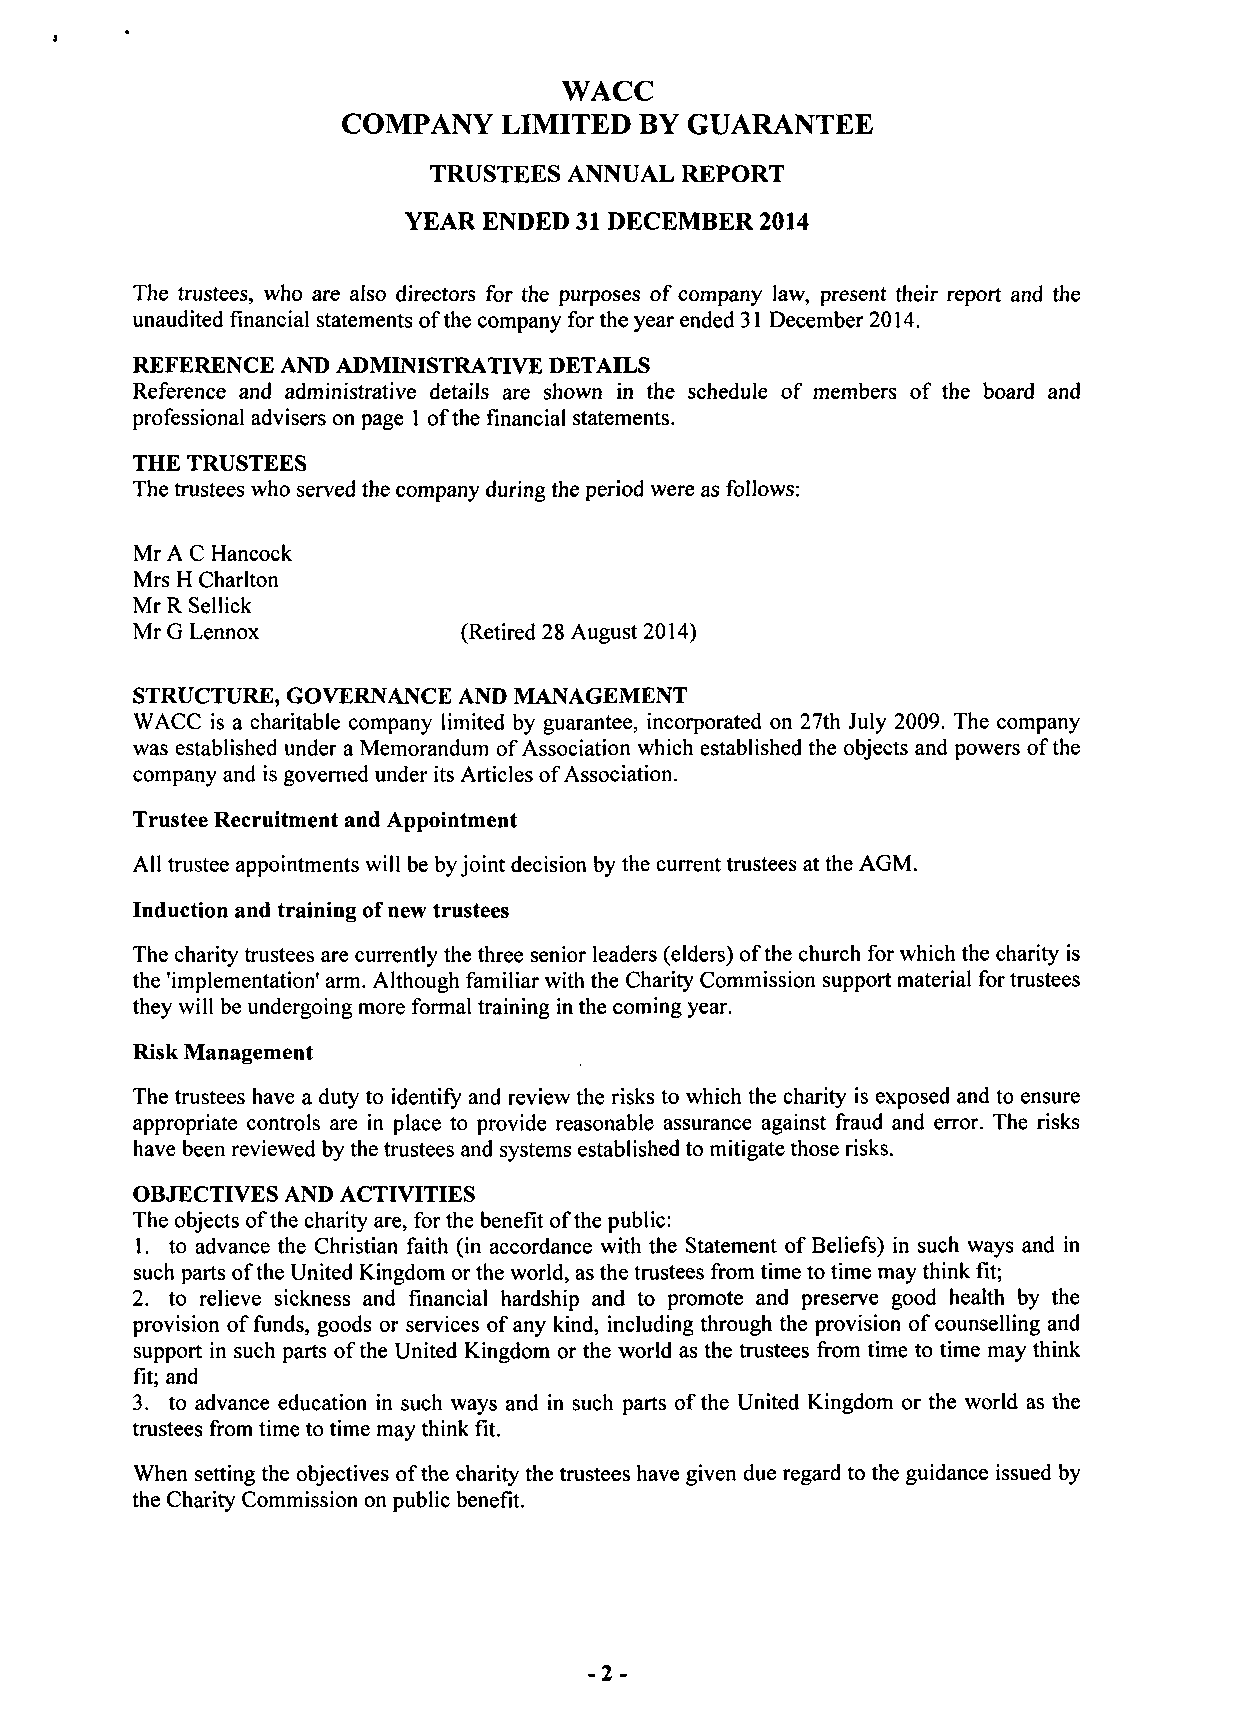
WACC
 COMPANY   LIMITED  BY GUARANTEE
 TRUSTEES ANNUAL  REPORT
 YEAR ENDED 31 DECEMBER 2014
 The trustees, who are also directors for the purposes of company law, present their report and the
 unaudited financial statements of the company for the year ended 31 December 2014.
 REFERENCE AND ADMINISTRATIVE DETAILS
 Reference and administrative details are shown in the schedule of members of the board and
 professional advisers on page 1 of the financial statements.
 THE TRUSTEES
 The trustees who served the company during the period were as follows:
 Mr A C Hancock
 Mrs H Charlton
 Mr R Sellick
 Mr G Lennox           (Retired 28 August 2014)
 STRUCTURE, GOVERNANCE AND MANAGEMENT
 WACC is a charitable company limited by guarantee, incorporated on 27th July 2009. The company
 was established under a Memorandum of Association which established the objects and powers of the
 company and is governed under its Articles of Association.
 Trustee Recruitment and Appointment
 All trustee appointments will be by joint decision by the current trustees at the AGM.
 Induction and training of new trustees
 The charity trustees are currently the three senior leaders (elders) of the church for which the charity is
 the 'implementation' arm. Although familiar with the Charity Commission support material for trustees
 they will be undergoing more formal training in the coming year.
 Risk Management
 The trustees have a duty to identify and review the risks to which the charity is exposed and to ensure
 appropriate controls are in place to provide reasonable assurance against fraud and error. The risks
 have been reviewed by the trustees and systems established to mitigate those risks.
 OBJECTIVES AND ACTIVITIES
 The objects of the charity are, for the benefit of the public:
 1. to advance the Christian faith (in accordance with the Statement of Beliefs) in such ways and in
 such parts of the United Kingdom or the world, as the trustees from time to time may think fit;
 2. to relieve sickness and financial hardship and to promote and preserve good health by the
 provision of funds, goods or services of any kind, including through the provision of counselling and
 support in such parts of the United Kingdom or the world as the trustees from time to time may think
 fit; and
 3. to advance education in such ways and in such parts of the United Kingdom or the world as the
 trustees from time to time may think fit.
 When setting the objectives of the charity the trustees have given due regard to the guidance issued by
 the Charity Commission on public benefit.
 -2-